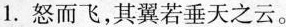
1.怒而飞，其翼若垂天之云。